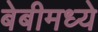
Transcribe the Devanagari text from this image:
बेबीमध्ये